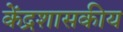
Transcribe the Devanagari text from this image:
केंद्रशासकीय